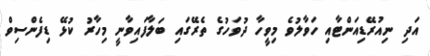
އަދި ނިއުރޭޑިއަންޓާއި ހަވާލުވެ މިވީހާ ދުވަހުގެ ތެރޭގައި ބަލާފައިވާނީ މިހާރު ކުޅޭ ޑިފެންސިވް